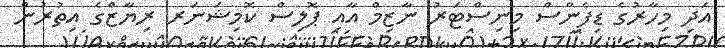
އަދި މިހާރުގެ ޑިފެންސް މިނިސްޓަރު ނާޒިމް އާއި ޕޮލިސް ކޮމިޝަނަރ ރިޔާޒްގެ އިތުރުން